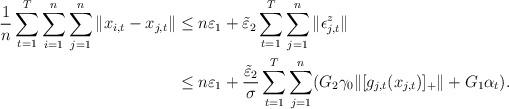
LaTeX: \begin{align*}\frac{1}{n}\sum_{t=1}^T\sum_{i=1}^n\sum_{j=1}^n\|x_{i,t}-x_{j,t}\|&\le n\varepsilon_1+\tilde{\varepsilon}_2\sum_{t=1}^{T}\sum_{j=1}^n\|\epsilon^z_{j,t}\|\\&\le n\varepsilon_1+\frac{\tilde{\varepsilon}_2}{\sigma }\sum_{t=1}^{T}\sum_{j=1}^n(G_2\gamma_{0}\|[g_{j,t}(x_{j,t})]_+\|+G_1\alpha_{t}).\end{align*}